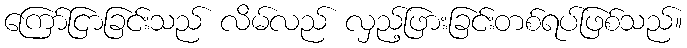
ကြော်ငြာခြင်းသည် လိမ်လည် လှည့်ဖြားခြင်းတစ်ရပ်ဖြစ်သည်။